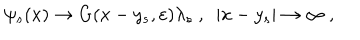
LaTeX: \psi _ { s } ( x ) \rightarrow G ( x - y _ { s } , \varepsilon ) \lambda _ { s } ~ , ~ ~ | x - y _ { s } | \rightarrow \infty ~ , ~